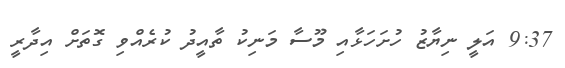
9:37 އަލީ ނިޔާޒު ހުށަހަޅާއި މޫސާ މަނިކު ތާއީދު ކުރެއްވި ގޮތަށް އިދާރީ